Annual statistical returns and brief notes on vaccination in Bengal - 1909-1929
Year: 1909
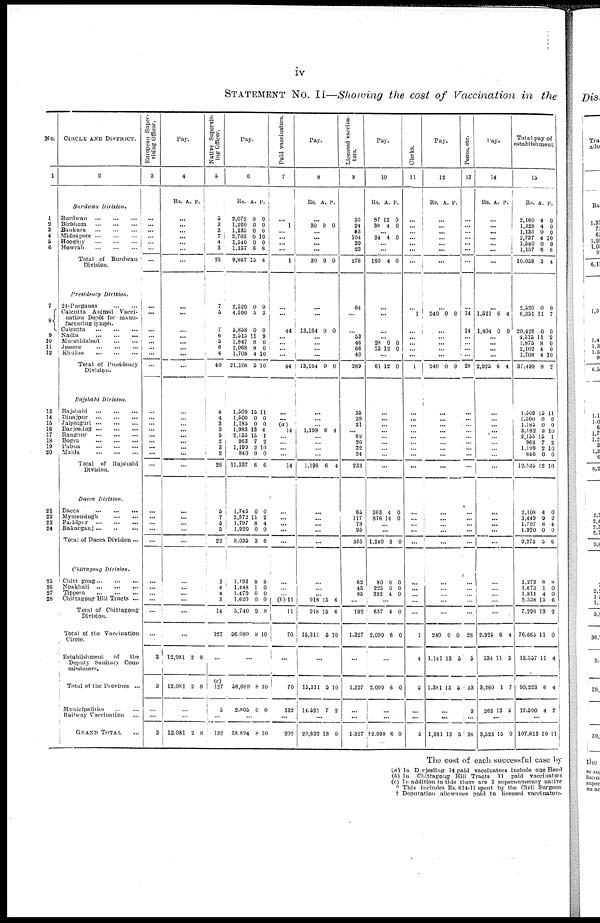
iv
STATEMENT No. II—Showing the cost of Vaccination in the
No.
1
1
2
3
4
5
6
7
8
9
10
11
12
13
14
15
16
17
18
10
20
21
22
23
24
25
26
27
28
CIRCLE AND DISTRICT.
2
Burdwan
Division.
Burdwan
...
...
...
Birbhum
...
...
...
Bankura
...
...
...
Midnapore ... ... ...
Hooghly
...
...
...
Howrah
...
...
...
Total of Burdwan
Division.
Presidency
Division.
24-Parganas
...
...
Calcutta Animal Vacci-
nation Depôt for manu-
facturing lymph.
Calcutta
...
...
...
Nadia
...
...
...
Murshidabad
...
...
Jessore
...
...
...
Khulna
...
...
...
Total of Presidency
Division.
Rajshahi
Division.
Rajshahi ... ... ...
Dinajpur
...
...
...
Jalpaiguri
...
...
...
Darjeeling
...
...
...
Raugpur
...
...
...
Bogra
...
...
...
Pabna
...
...
...
Malda
...
...
...
Total of Rajshahi
Division.
Dacca Division.
Dacca
...
...
...
Mymensingh ... ...
Faridpur
...
...
...
Bakarganj
...
...
...
Total of Dacca Division ...
Chittagong
Division.
Chittagong
...
...
...
Noakhali
...
...
...
Tippera
...
...
...
Chittagong Hill Tracts ...
Total of Chittagong
Division.
Total of the Vaccination
Circle.
Establishment
of
the
Deputy Sanitary Com-
missioners.
Total of the Province ...
Municipalities
...
...
Railway Vaccination ...
GRAND TOTAL ...
European Super-
vising Officer.
3
...
...
...
...
...
...
...
...
...
...
...
...
... ...
...
...
...
...
...
...
... ...
...
...
...
...
... ...
...
...
...
... ...
...
...
3
3
...
...
3
Pay.
4
Rs. A. P.
...
...
...
...
...
...
...
...
...
...
...
...
... ...
...
...
...
...
...
...
...
...
...
...
...
...
...
...
...
...
...
...
...
...
...
12,081
12,081
2
2
8
8
...
...
12,081 2 8
Native Supervis-
ing Officer.
5
5
3
3
7
4
3
25
7
5
7
6
3
6
4
40
4
4
3
3
5
2
3
2
26
5
7
5
5
22
3
4
4
3
14
127
...
(c)
127
5
...
132
Pay.
6
Rs.
2,072
1,260
1,135
2,703
1,540
1,157
9,867
A.
8
0
0
0
0
6
15
P.
0
0
0
10
0
6
4
2,520
4,590
5,858
2,515
1,847
2,068
1,708
21,108
0
5
0
11
8
8
4
5
0
3
0
9
0
0
10
10
1,509
1,500
1,185
1,983
2,153
963
1,199
840
11,337
15
0
0
13
15
7
2
0
6
11
0
0
6
1
2
10
0
6
1,745
2,572
1,797
1,920
8,035
0
11
8
0
3
0
2
4
0
6
1,193
1,448
1.479
1,620
3,740
56,089
8
1
0 0
9
8
8
0
0
0
8
10
...
56,089
2,805
8
0
10
0
...
58,894 8 10
Paid vaccinators.
7
...
1
...
...
...
...
1
...
...
44
...
... ...
...
44
...
...
(a) 14
...
...
... ...
14
...
...
...
...
...
...
...
... (b)11
11
70
...
70
132
...
202
Pay.
8
Rs. A. P.
...
30 0 0
...
... ...
...
30 0 0
...
...
13,164 0 0
...
...
... ...
13,164 0 0
...
...
... 1,198 6 4
...
...
...
...
1,198 6 4
...
...
...
...
...
...
... ...
918
918
15,311
15
15
5
6
6
10
...
15,311
14,521
5
7
10
2
...
29,832 13 0
Licensed vaccina-
tors.
9
35
24
53
104
39
23
278
64
...
... 53
46
66
40
269
35
39
21
... 62
20
32
24
233
65
117
78
95
355
62
45
85
...
192
1,327
...
1,327
...
...
1,327
Pay.
10
Rs.
87
38
A.
12
4
P.
0
0
...
34 4 0
... ...
160 4 0
...
...
...
...
28
53
0
12
0
0
...
61 12 0
...
...
...
...
...
...
...
...
...
363
876
4
14
0
0
... ...
1,240 2 0
...
80
225
332
0
0
4
0
0
0
...
637
2,099
4
6
0
0
...
2,099 6 0
...
...
†2,099 6 0
Clerks.
11
...
...
...
...
...
...
...
...
1
...
...
...
... ...
1
...
...
...
...
...
...
... ...
...
...
...
...
...
...
...
...
...
...
...
...
1
4
5
...
...
5
Pay.
12
Rs. A. P.
...
... ...
... ...
...
...
...
240 0 0
...
...
...
... ...
240 0 0
...
...
... ...
...
...
... ...
...
...
...
... ...
...
...
...
...
...
...
...
240
1,141
1,381
0
13
13
0
5
5
...
...
1,381 13 5
Peons, etc.
13
...
...
...
...
...
...
...
...
14
14
...
...
... ...
28
...
...
...
...
...
...
...
...
...
...
...
...
...
...
...
...
...
... ...
...
28
5
33
3
...
36
Pay.
14
Rs. A. P.
...
...
...
...
... ...
...
...
1,521
1,404
6
0
4
0
... ...
... ...
2,925 6 4
...
...
... ...
... ... ...
...
...
...
...
...
...
...
...
...
...
...
...
...
2,925
334
3,260
263
6
11
1
13
4
3
7
5
...
3,523 15 0
Total pay of
establishment
15
Rs.
2,160
1,328
1,135
2,737
1,540
1,157
10,058
A.
4
4
0
4
0
6
3
P.
0
0
0
10
0
6
4
2,520
6,351
20,426
2,315
1,875
2,102
1,708
37,499
0
11
0
11
8
4
4
8
0
7
0
9
0
0
10
2
1,309
1,300
1,183
3,182
2,133
963
1,199
840
12,535
15
0
0
3
13
7
2
0
12
11
0
0
10
1
2 10
0
10
2,108
3,449
1,797
1,920
9,273
4
9
8
0
3
0
2
4
0
6
...
1,273
1,673
1,811
2,338
7,296
76,663
13,337
90,223
17,590
8
1
4
13
13
11
11
6
4
8
0
0
6
2
0
4
4
7
...
107,813 10 11
The cost of each successful case by
(a) In Darjeeling 14 paid vaccinators include one Head
(b) In Chittagong Hill Tracts 11 paid vaccinators
(c) In addition to this there are 3 supernumerary native
* This includes Rs. 614-11 spent by the Civil Surgeon
† Deputation allowance paid to licensed vaccinators.